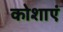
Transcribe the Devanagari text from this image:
कोशाएं